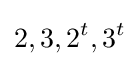
2,3,2^{t},3^{t}